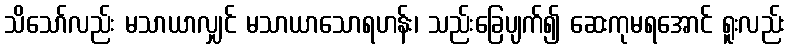
သိသော်လည်း မသာယာလျှင် မသာယာသောရဟန်း၊ သည်းခြေပျက်၍ ဆေးကုမရအောင် ရူးလည်း